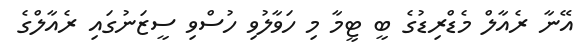
އޭނާ ރެއާލް މެޑްރިޑުގެ ބީ ޓީމާ މި ހަވާލުވި ހުސްވި ސީޒަނުގައި ރެއާލްގެ